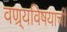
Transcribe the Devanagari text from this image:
वण्र्यविषयाची